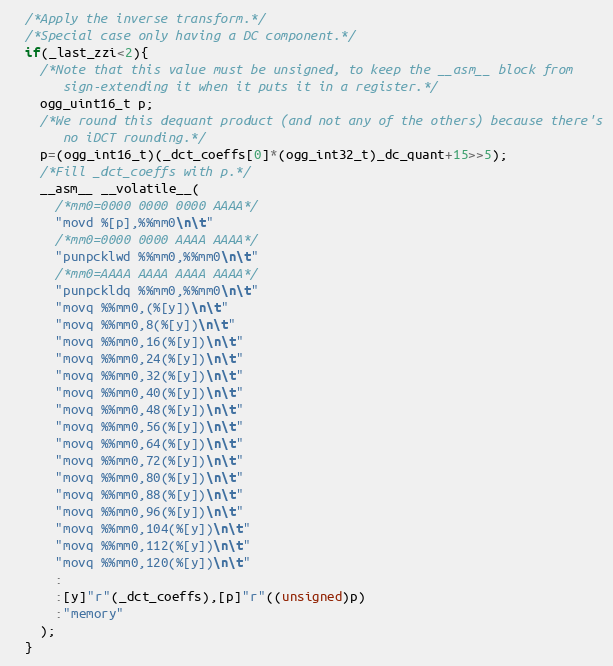
Language: C
  /*Apply the inverse transform.*/
  /*Special case only having a DC component.*/
  if(_last_zzi<2){
    /*Note that this value must be unsigned, to keep the __asm__ block from
       sign-extending it when it puts it in a register.*/
    ogg_uint16_t p;
    /*We round this dequant product (and not any of the others) because there's
       no iDCT rounding.*/
    p=(ogg_int16_t)(_dct_coeffs[0]*(ogg_int32_t)_dc_quant+15>>5);
    /*Fill _dct_coeffs with p.*/
    __asm__ __volatile__(
      /*mm0=0000 0000 0000 AAAA*/
      "movd %[p],%%mm0\n\t"
      /*mm0=0000 0000 AAAA AAAA*/
      "punpcklwd %%mm0,%%mm0\n\t"
      /*mm0=AAAA AAAA AAAA AAAA*/
      "punpckldq %%mm0,%%mm0\n\t"
      "movq %%mm0,(%[y])\n\t"
      "movq %%mm0,8(%[y])\n\t"
      "movq %%mm0,16(%[y])\n\t"
      "movq %%mm0,24(%[y])\n\t"
      "movq %%mm0,32(%[y])\n\t"
      "movq %%mm0,40(%[y])\n\t"
      "movq %%mm0,48(%[y])\n\t"
      "movq %%mm0,56(%[y])\n\t"
      "movq %%mm0,64(%[y])\n\t"
      "movq %%mm0,72(%[y])\n\t"
      "movq %%mm0,80(%[y])\n\t"
      "movq %%mm0,88(%[y])\n\t"
      "movq %%mm0,96(%[y])\n\t"
      "movq %%mm0,104(%[y])\n\t"
      "movq %%mm0,112(%[y])\n\t"
      "movq %%mm0,120(%[y])\n\t"
      :
      :[y]"r"(_dct_coeffs),[p]"r"((unsigned)p)
      :"memory"
    );
  }